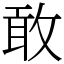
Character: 敢